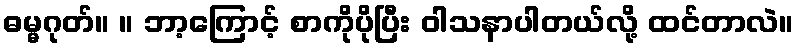
ဓမ္မဂုတ်။ ။ ဘာ့ကြောင့် စာကိုပိုပြီး ဝါသနာပါတယ်လို့ ထင်တာလဲ။